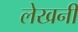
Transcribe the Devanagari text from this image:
लेखनीं